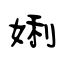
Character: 娳